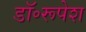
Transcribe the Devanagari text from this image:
डॉ॰रूपेश